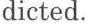
dicted.